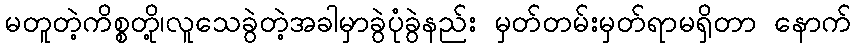
မတူတဲ့ကိစ္စတို့၊လူသေခွဲတဲ့အခါမှာခွဲပုံခွဲနည်း မှတ်တမ်းမှတ်ရာမရှိတာ နောက်